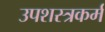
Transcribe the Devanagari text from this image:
उपशस्त्रकर्म